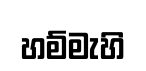
හම්මැහි